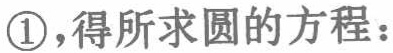
\textcircled{1},得所求圆的方程：